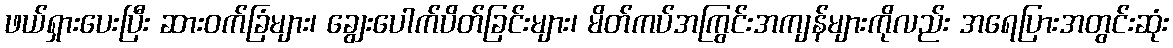
ဖယ်ရှားပေးပြီး ဆားဝက်ခြံများ၊ ချွေးပေါက်ပိတ်ခြင်းများ၊ မိတ်ကပ်အကြွင်းအကျန်များကိုလည်း အရေပြားအတွင်းဆုံး